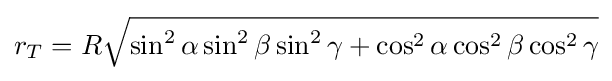
r_{T}=R{\sqrt {\sin ^{2}\alpha \sin ^{2}\beta \sin ^{2}\gamma +\cos ^{2}\alpha \cos ^{2}\beta \cos ^{2}\gamma }}